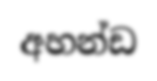
අහන්ඩ